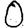
Digit: 0